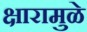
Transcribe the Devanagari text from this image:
क्षारामुळे